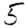
Digit: 5